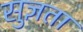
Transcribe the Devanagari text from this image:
सुज्ञता